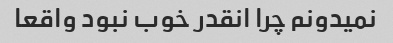
نمیدونم چرا انقدر خوب نبود واقعا